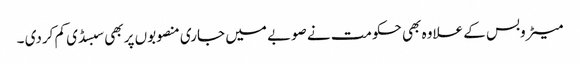
میٹروبس کے علاوہ بھی حکومت نے صوبے میں جاری منصوبوں پر بھی سبسڈی کم کردی ۔